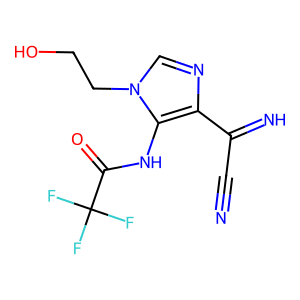
SMILES: N#CC(=N)c1ncn(CCO)c1NC(=O)C(F)(F)F
Inhibits HIV replication: No